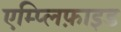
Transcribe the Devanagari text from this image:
एम्प्लिफ़ाइड